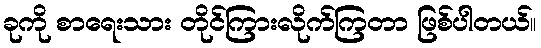
ခုကို စာရေးသား တိုင်ကြားလိုက်ကြတာ ဖြစ်ပါတယ်။